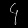
Digit: ၄